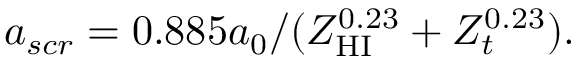
a _ { s c r } = 0 . 8 8 5 a _ { 0 } / ( Z _ { \mathrm { H I } } ^ { 0 . 2 3 } + Z _ { t } ^ { 0 . 2 3 } ) .